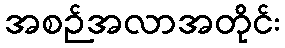
အစဉ်အလာအတိုင်း